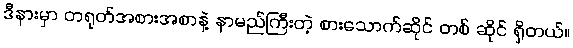
ဒီနားမှာ တရုတ်အစားအစာနဲ့ နာမည်ကြီးတဲ့ စားသောက်ဆိုင် တစ် ဆိုင် ရှိတယ်။